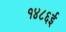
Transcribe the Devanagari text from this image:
१४८६ई